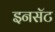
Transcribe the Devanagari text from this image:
इनसॅट